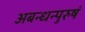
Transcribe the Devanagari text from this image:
अबन्धन्पुरुषं